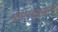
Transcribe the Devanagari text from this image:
श्रीधरचक्रवर्ती